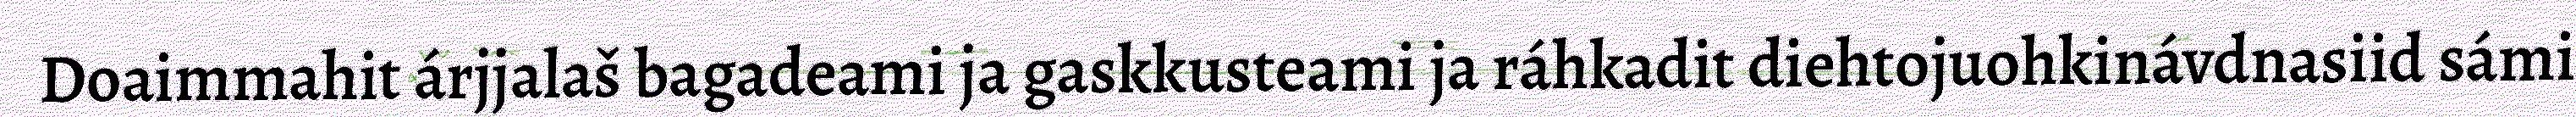
Doaimmahit árjjalaš bagadeami ja gaskkusteami ja ráhkadit diehtojuohkinávdnasiid sámi